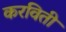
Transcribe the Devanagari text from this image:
करविती